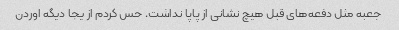
جعبه مثل دفعه‌های قبل هیچ نشانی از پاپا نداشت. حس کردم از یجا دیگه اوردن